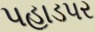
પહાડપર